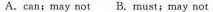
A.can;may not B.must;may not